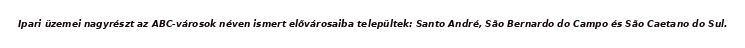
Ipari üzemei nagyrészt az ABC-városok néven ismert elővárosaiba települtek: Santo André, São Bernardo do Campo és São Caetano do Sul.